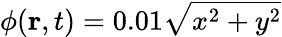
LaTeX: \phi(\mathbf{r},t)=0.01\sqrt{x^{2}+y^{2}}